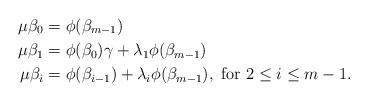
LaTeX: \begin{align*}\mu \beta_0 &=\phi(\beta_{m-1})\\\mu\beta_{1} &=\phi(\beta_{0})\gamma+\lambda_{1}\phi(\beta_{m-1})\\\mu\beta_{i} &= \phi(\beta_{i-1})+\lambda_{i}\phi(\beta_{m-1}), ~\mathrm{for}~ 2\leq i\leq m-1.\end{align*}